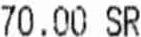
70.00 SR